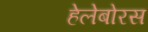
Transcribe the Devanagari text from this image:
हेलेबोरस